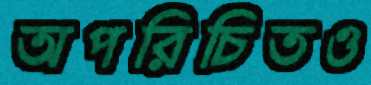
অপরিচিতও